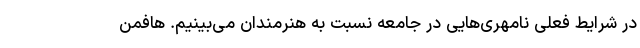
در شرایط فعلی نامهری‌هایی در جامعه نسبت به هنرمندان می‌بینیم. هافمن